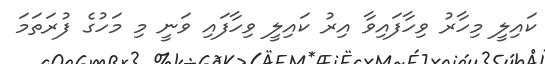
ކައިލީ މިހާރު ވިހާފައިވާ އިރު ކައިލީ ވިހާފައި ވަނީ މި މަހުގެ ފުރަތަމަ